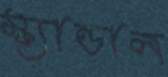
স্ক্যান্ডাল